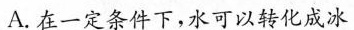
A.在一定条件下，水可以转化成冰